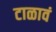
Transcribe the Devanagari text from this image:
टाळावं